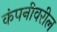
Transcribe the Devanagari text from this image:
कंपनीवरील